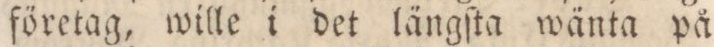
företag, wille i det längſta wänta på